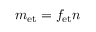
m _ { \mathrm { e t } } = f _ { \mathrm { e t } } n